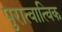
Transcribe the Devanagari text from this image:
पुरात्वात्विक